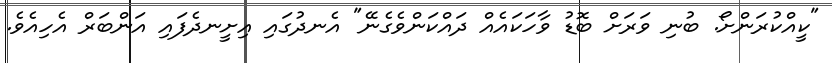
"ކީއްކުރަންށޯ. ބުނި ވަރަށް ބޮޑު ވާހަކައެއް ދައްކަންވެގެނޭ" އެނދުގައި އިށީނދެފައި އަންބަރް އެހިއެވެ.